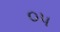
૦પ